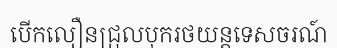
បើកលឿនជ្រុលបុករថយន្តទេសចរណ៍